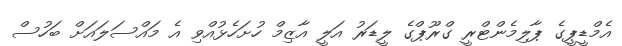
އެމްޑީޕީގެ ޕާލިމެންޓްރީ ގްރޫޕްގެ ލީޑަރު އަލީ އާޒިމް ހުށަހެޅުއްވި އެ މައްސަލައަށް ބަހުސް